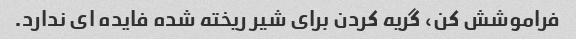
فراموشش کن، گریه کردن برای شیر ریخته شده فایده ای ندارد.